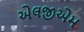
એલજીએમ